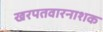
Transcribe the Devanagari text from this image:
खरपतवारनाशक